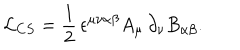
{ \cal L } _ { C S } = \frac { 1 } { 2 } \, \epsilon ^ { \mu \nu \alpha \beta } A _ { \mu } \, \partial _ { \nu } B _ { \alpha \beta } .